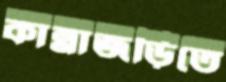
কান্নাজড়িতে